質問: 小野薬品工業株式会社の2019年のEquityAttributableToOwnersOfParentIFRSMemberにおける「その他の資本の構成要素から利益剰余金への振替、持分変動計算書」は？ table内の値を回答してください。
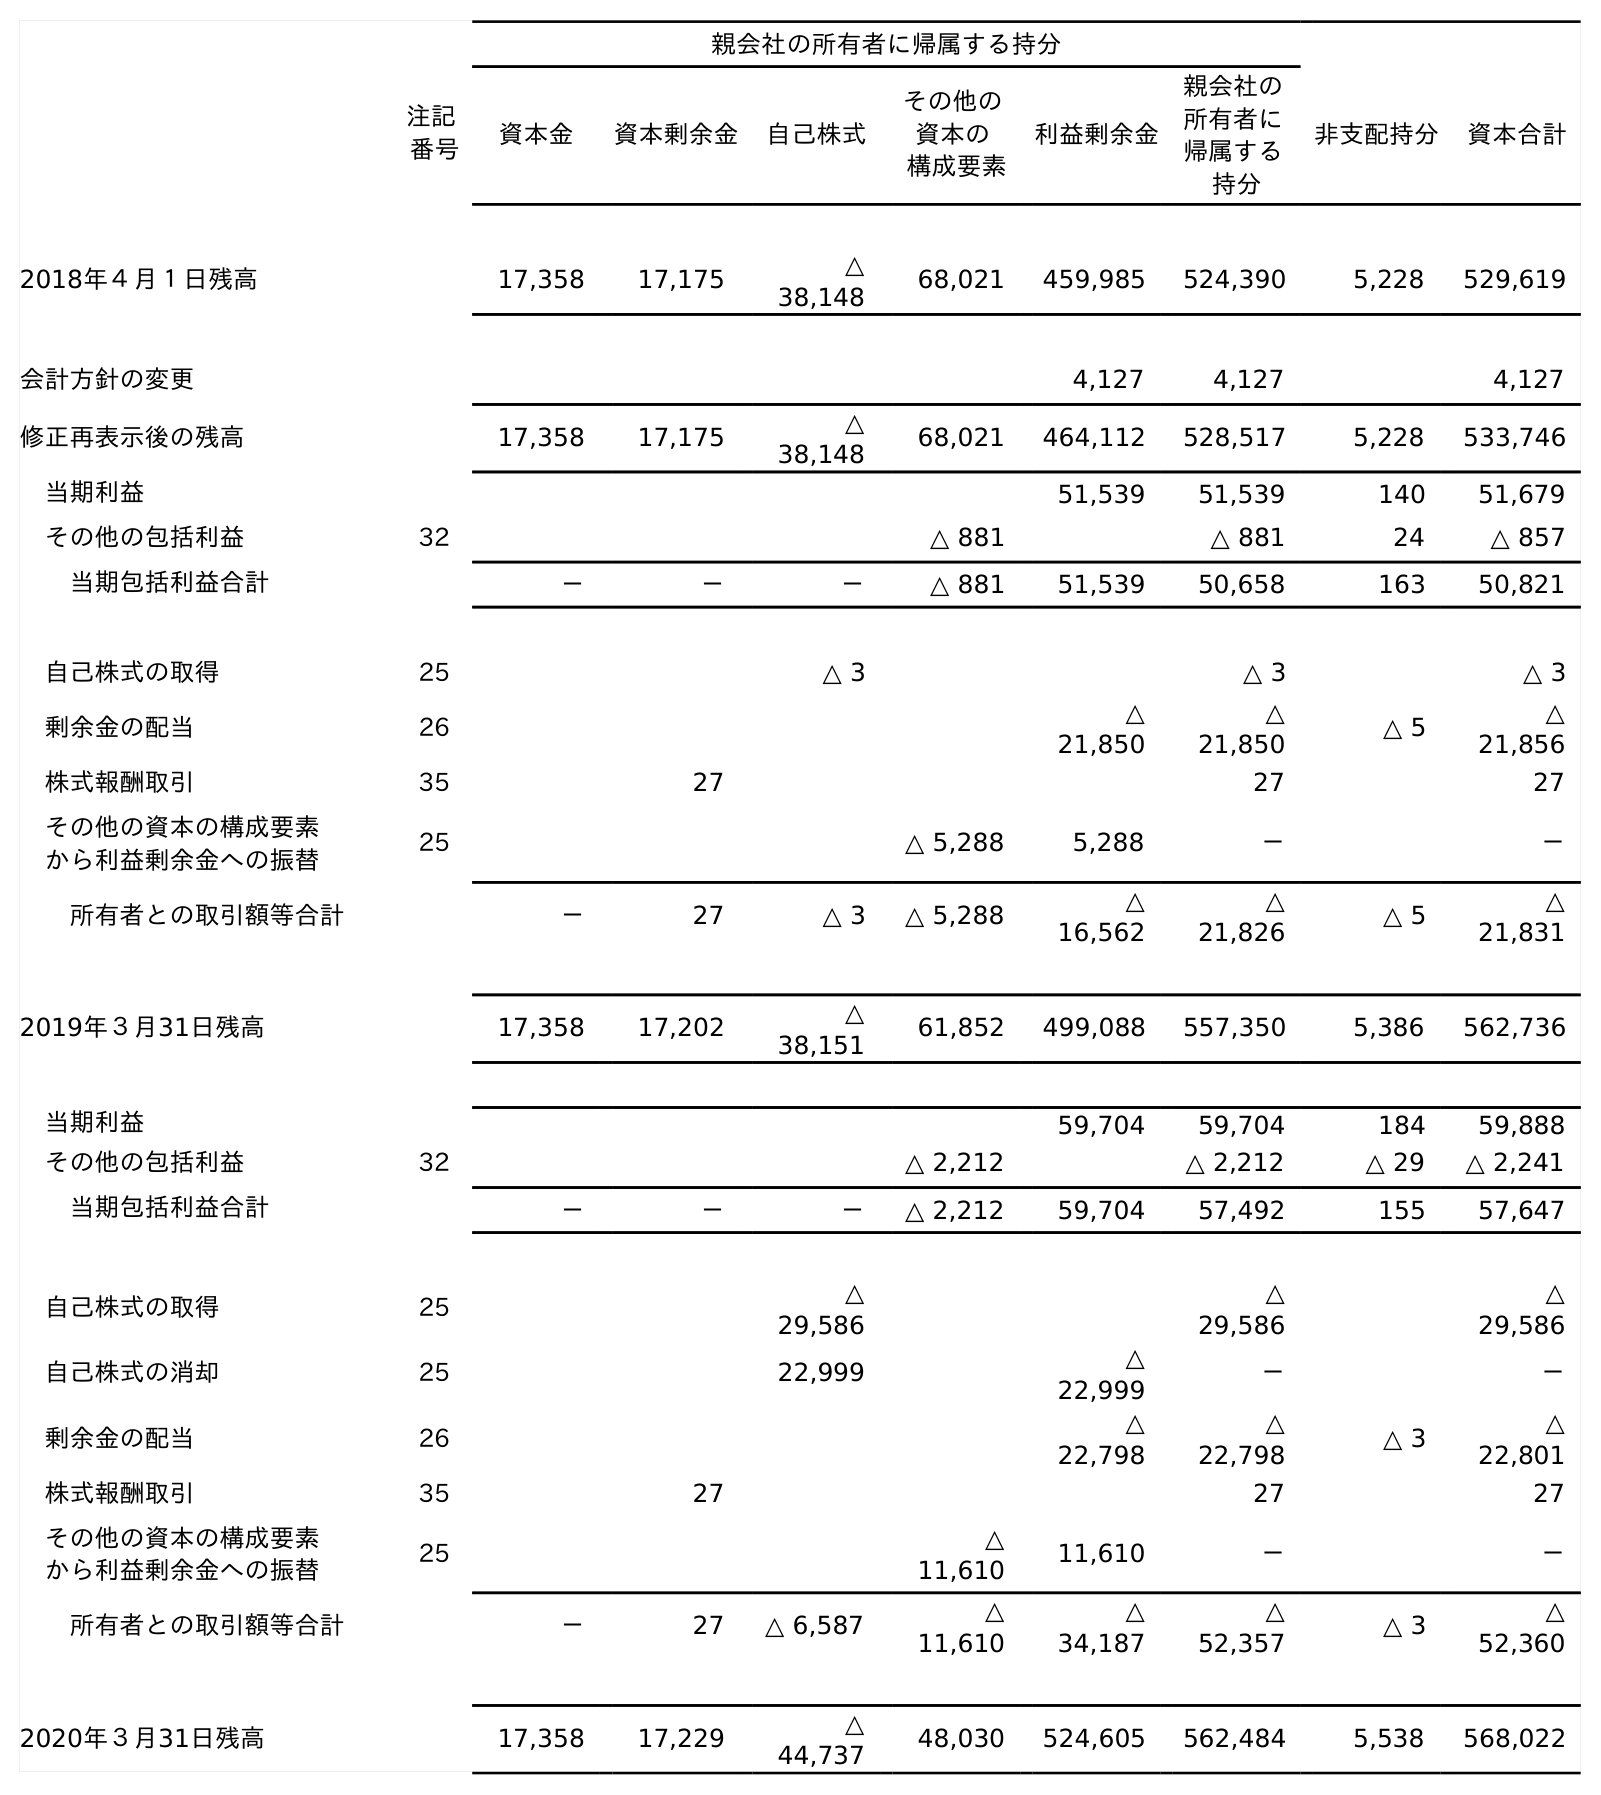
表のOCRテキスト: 親会社の所有者に帰属する持分 注記 番号 資本金 資本剰余金 自己株式 その他の 資本の 構成要素 利益剰余金 親会社の 所有者に 帰属する 持分 非支配持分 資本合計 2018年４月１日残高 17,358 17,175 △ 38,148 68,021 459,985 524,390 5,228 529,619 会計方針の変更 4,127 4,127 4,127 修正再表示後の残高 17,358 17,175 △ 38,148 68,021 464,112 528,517 5,228 533,746 当期利益 51,539 51,539 140 51,679 その他の包括利益 32 △ 881 △ 881 24 △ 857 当期包括利益合計 － － － △ 881 51,539 50,658 163 50,821 自己株式の取得 25 △ 3 △ 3 △ 3 剰余金の配当 26 △ 21,850 △ 21,850 △ 5 △ 21,856 株式報酬取引 35 27 27 27 その他の資本の構成要素 から利益剰余金への振替 25 △ 5,288 5,288 － － 所有者との取引額等合計 － 27 △ 3 △ 5,288 △ 16,562 △ 21,826 △ 5 △ 21,831 2019年３月31日残高 17,358 17,202 △ 38,151 61,852 499,088 557,350 5,386 562,736 当期利益 59,704 59,704 184 59,888 その他の包括利益 32 △ 2,212 △ 2,212 △ 29 △ 2,241 当期包括利益合計 － － － △ 2,212 59,704 57,492 155 57,647 自己株式の取得 25 △ 29,586 △ 29,586 △ 29,586 自己株式の消却 25 22,999 △ 22,999 － － 剰余金の配当 26 △ 22,798 △ 22,798 △ 3 △ 22,801 株式報酬取引 35 27 27 27 その他の資本の構成要素 から利益剰余金への振替 25 △ 11,610 11,610 － － 所有者との取引額等合計 － 27 △ 6,587 △ 11,610 △ 34,187 △ 52,357 △ 3 △ 52,360 2020年３月31日残高 17,358 17,229 △ 44,737 48,030 524,605 562,484 5,538 568,022
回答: －